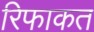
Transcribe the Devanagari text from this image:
रिफाकत